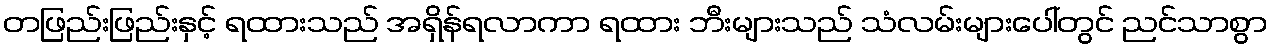
တဖြည်းဖြည်းနှင့် ရထားသည် အရှိန်ရလာကာ ရထား ဘီးများသည် သံလမ်းများပေါ်တွင် ညင်သာစွာ